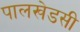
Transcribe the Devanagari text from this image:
पालखेडसी